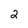
Character: 2